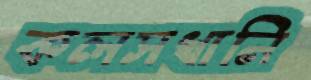
কলসখানি